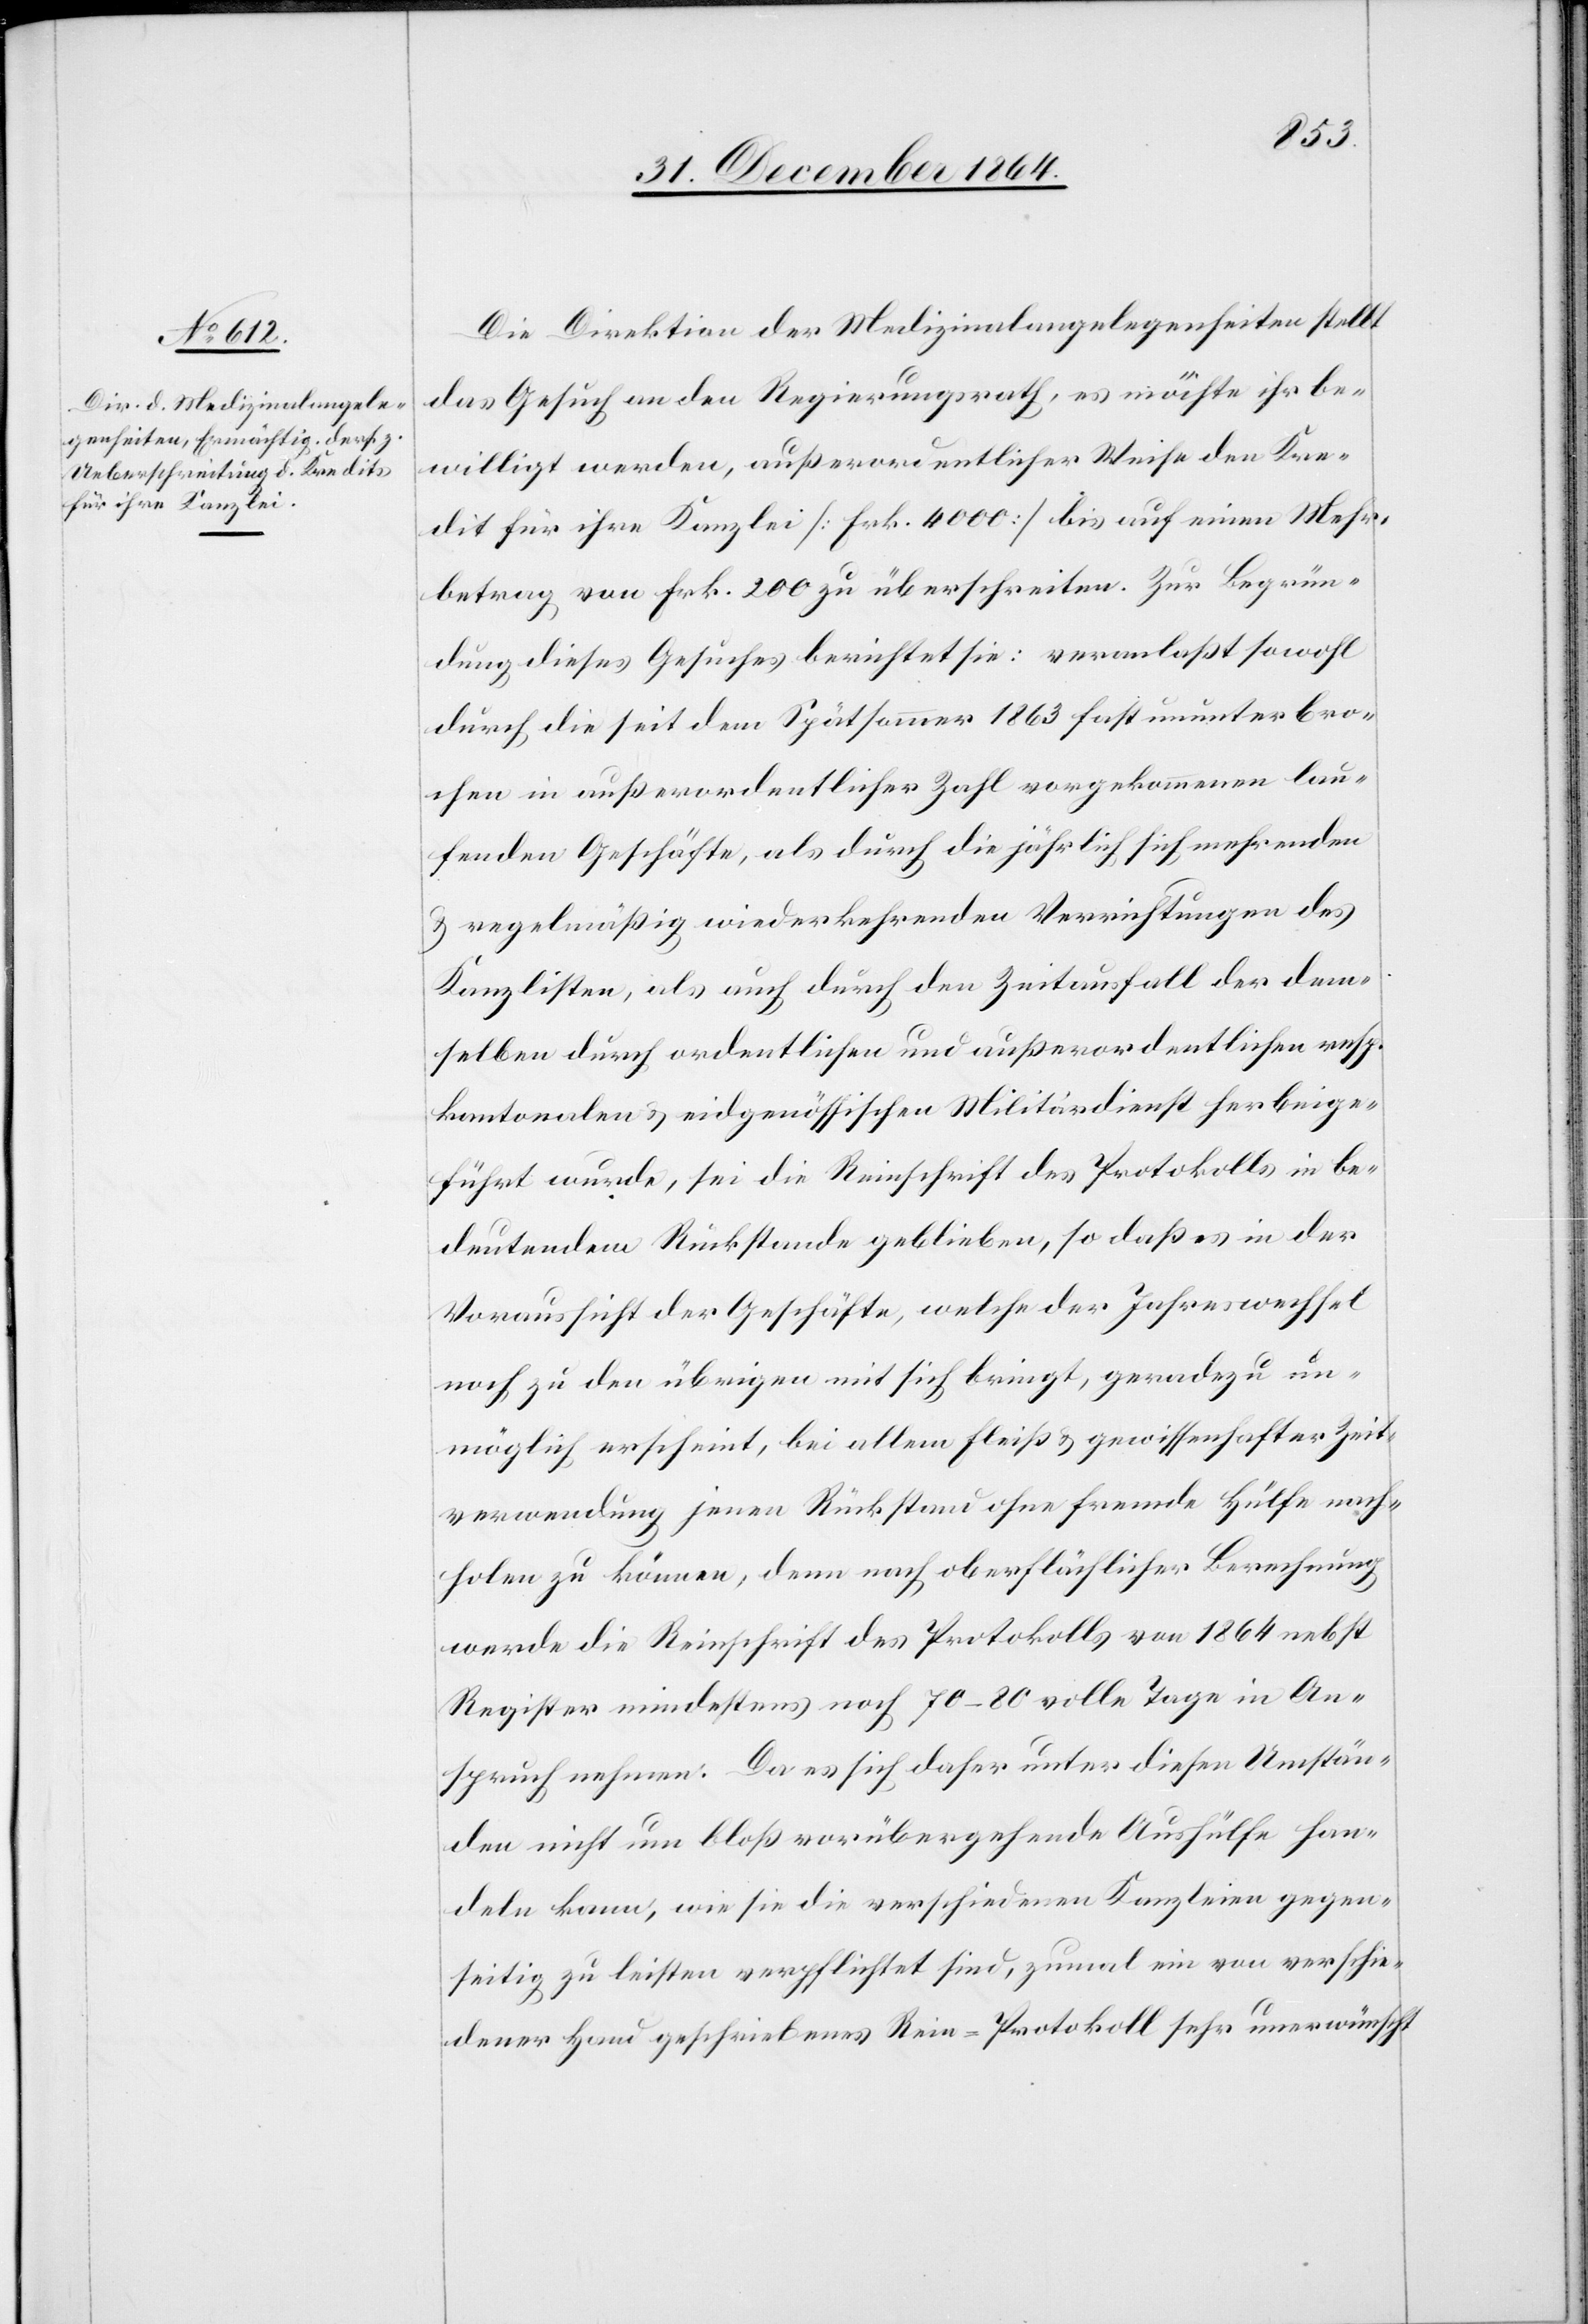
Die Direktion der Medizinalangelegenheiten stellt
das Gesuch an den Regierungsrath, es möchte ihr be¬
willigt werden, außerordentlicher Weise den Kre¬
dit für ihre Kanzlei [Frk. 4000] bis auf einen Mehr¬
betrag von Frk. 200 zu überschreiten. Zur Begrün¬
dung dieses Gesuches berichtet sie: veranlaßt sowohl
durch die seit dem Spätsommer 1863 fast ununterbro¬
chen in außerordentlicher Zahl vorgekommenen lau¬
fenden Geschäfte, als durch die jährlich sich mehrenden
& regelmäßig wiederkehrenden Verrichtungen des
Kanzlisten, als auch durch den Zeitausfall der dem¬
selben durch ordentlichen und außerordentlichen resp.
kantonalen & eidgenössischen Militärdienst herbeige¬
führt wurde, sei die Reinschrift des Protokolls in be¬
deutendem Rückstande geblieben, so daß es in der
Voraussicht der Geschäfte, welche der Jahreswechsel
noch zu den übrigen mit sich bringt, geradezu un¬
möglich erscheint, bei allem Fleiß & gewissenhafter Zeit¬
verwendung jenen Rückstand ohne fremde Hülfe nach¬
holen zu können, denn nach oberflächlicher Berechnung
werde die Reinschrift des Protokolls von 1864 nebst
Register mindestens noch 70–80 volle Tage in An¬
spruch nehmen. Da es sich daher unter diesen Umstän¬
den nicht um bloß vorübergehende Aushülfe han¬
deln kann, wie sie die verschiedenen Kanzleien gegen¬
seitig zu leisten verpflichtet sind, zumal ein von verschie¬
dener Hand geschriebenes Rein-Protokoll sehr unerwünscht